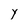
Character: Y